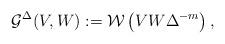
LaTeX: \begin{align*}\mathcal{G}^{\Delta}(V,W) := \mathcal{W}\left ( VW \Delta ^{-m}\right ),\end{align*}